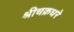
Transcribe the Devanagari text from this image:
श्रीचक्रधरे